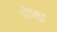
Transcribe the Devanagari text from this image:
जीवमूत